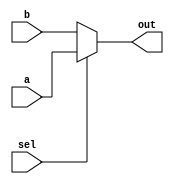
module mux_out #(parameter d_width = 32)
	(	output reg[d_width-1:0]out,
		input [d_width-1:0]a, b,
		input sel);
	always @(a,b,sel) begin
		if (sel)
			out <= a;
		else
			out <= b;
	end
endmodule